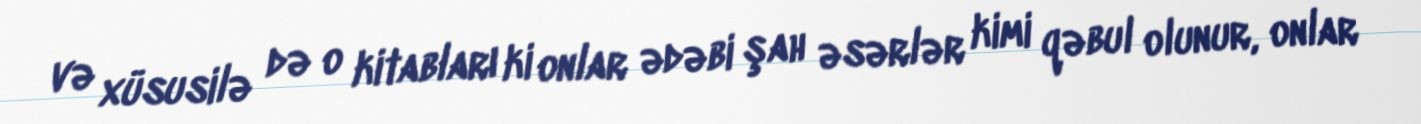
və xüsusilə də o kitabları ki onlar ədəbi şah əsərlər kimi qəbul olunur, onlar